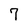
Character: 7